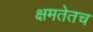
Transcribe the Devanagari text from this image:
क्षमतेतच